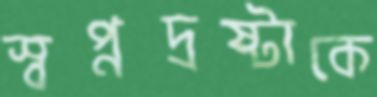
স্বপ্নদ্রষ্টাকে